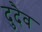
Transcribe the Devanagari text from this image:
दुदैव